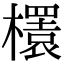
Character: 𣞲